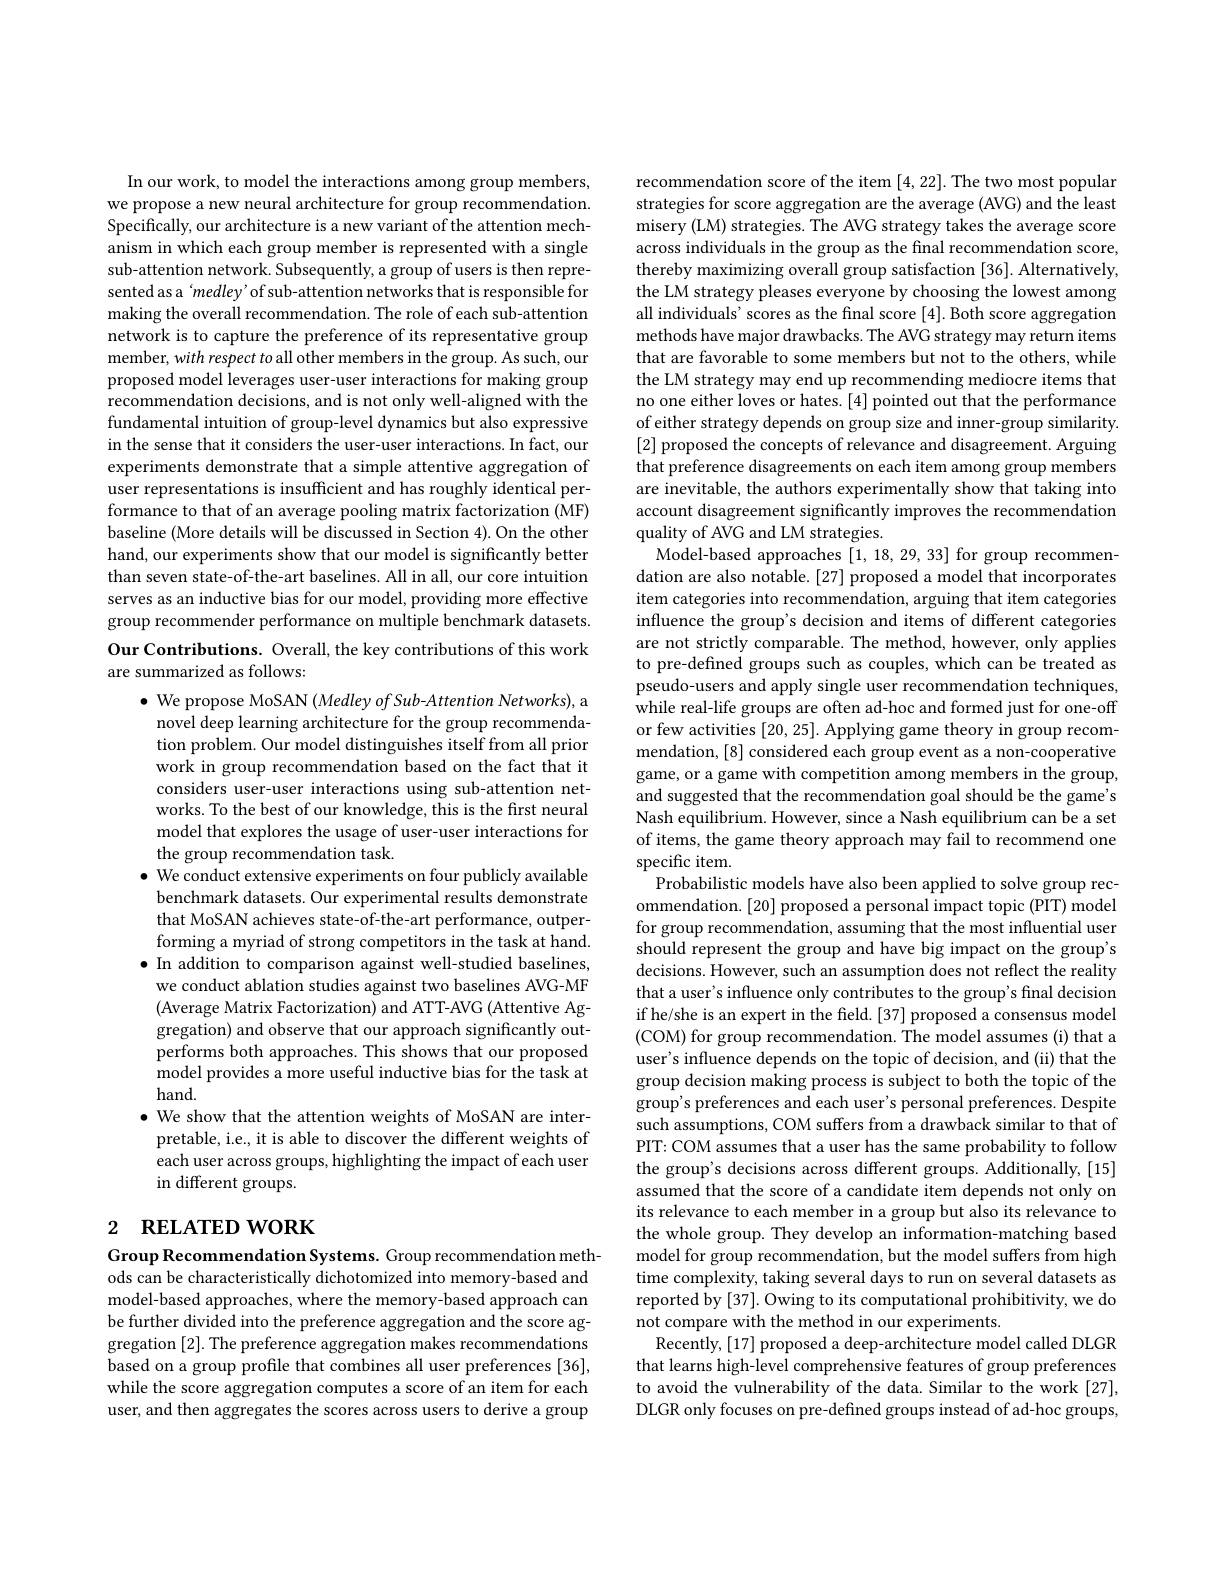
In our work, to model the interactions among group members, we propose a new neural architecture for group recommendation. Specifically, our architecture is a new variant of the attention mechanism in which each group member is represented with a single sub-attention network. Subsequently, a group of users is then represented as a‘medley’ of sub-attention networks that is responsible for making the overall recommendation. The role of each sub-attention network is to capture the preference of its representative group member, with respect to all other members in the group. As such, our proposed model leverages user-user interactions for making group recommendation decisions, and is not only well-aligned with the fundamental intuition of group-level dynamics but also expressive in the sense that it considers the user-user interactions. In fact, our experiments demonstrate that a simple attentive aggregation of user representations is insufficient and has roughly identical performance to that of an average pooling matrix factorization (MF) baseline (More details will be discussed in Section 4). On the other hand, our experiments show that our model is significantly better than seven state-of-the-art baselines. All in all, our core intuition serves as an inductive bias for our model, providing more effective group recommender performance on multiple benchmark datasets. Our Contributions. Overall, the key contributions of this work

are summarized as follows:

$\bullet$ We propose MoSAN $(MedleyofSub-Attention$ Networks), a novel deep learning architecture for the group recommendation problem. Our model distinguishes itself from all prior work in group recommendation based on the fact that it considers user-user interactions using sub-attention networks. To the best of our knowledge, this is the first neural model that explores the usage of user-user interactions for the group recommendation task.
$\bullet$ We conduct extensive experiments on four publicly available benchmark datasets. Our experimental results demonstrate that MoSAN achieves state-of-the-art performance, outperforming a myriad of strong competitors in the task at hand. $\bullet$ In addition to comparison against well-studied baselines, we conduct ablation studies against two baselines AVG-MF (Average Matrix Factorization) and ATT-AVG (Attentive Aggregation) and observe that our approach significantly outperforms both approaches. This shows that our proposed model provides a more useful inductive bias for the task at hand.
$\bullet$ We show that the attention weights of MoSAN are interpretable, i.e., it is able to discover the different weights of each user across groups, highlighting the impact of each user in different groups.

# 2 RELATED WORK

Group Recommendation Systems. Group recommendation methods can be characteristically dichotomized into memory-based and model-based approaches, where the memory-based approach can be further divided into the preference aggregation and the score aggregation [2]. The preference aggregation makes recommendations based on a group profile that combines all user preferences [36], while the score aggregation computes a score of an item for each user, and then aggregates the scores across users to derive a group

recommendation score of the item [4,22]. The two most popular strategies for score aggregation are the average (AVG) and the least misery (LM) strategies. The AVG strategy takes the average score across individuals in the group as the final recommendation score thereby maximizing overall group satisfaction [36]. Alternatively, the LM strategy pleases everyone by choosing the lowest among all individuals' scores as the final score [4]. Both score aggregation methods have major drawbacks. The AVG strategy may return items that are favorable to some members but not to the others, while the LM strategy may end up recommending mediocre items that no one either loves or hates. [4] pointed out that the performance of either strategy depends on group size and inner-group similarity. [2] proposed the concepts of relevance and disagreement. Arguing that preference disagreements on each item among group members are inevitable, the authors experimentally show that taking into account disagreement significantly improves the recommendation quality of AVG and LM strategies.
Model-based approaches [1,18,29,33] for group recommendation are also notable. [27] proposed a model that incorporates item categories into recommendation, arguing that item categories influence the group's decision and items of different categories are not strictly comparable. The method, however, only applies to pre-defined groups such as couples, which can be treated as pseudo-users and apply single user recommendation techniques, while real-life groups are often ad-hoc and formed just for one-off or few activities [20, 25]. Applying game theory in group recommendation,[8] considered each group event as a non-cooperative game, or a game with competition among members in the group, and suggested that the recommendation goal should be the game's Nash equilibrium. However, since a Nash equilibrium can be a set of items, the game theory approach may fail to recommend one specific item.
Probabilistic models have also been applied to solve group recommendation. [20] proposed a personal impact topic (PIT) model for group recommendation, assuming that the most influential user should represent the group and have big impact on the group's decisions. However, such an assumption does not reflect the reality that a user's influence only contributes to the group's final decision if he/she is an expert in the field.[37] proposed a consensus model (COM) for group recommendation. The model assumes (i) that a user's influence depends on the topic of decision, and (ii) that the group decision making process is subject to both the topic of the group's preferences and each user's personal preferences. Despite such assumptions, COM suffers from a drawback similar to that of PIT: COM assumes that a user has the same probability to follow the group's decisions across different groups. Additionally, [15] assumed that the score of a candidate item depends not only on its relevance to each member in a group but also its relevance to the whole group. They develop an information-matching based model for group recommendation, but the model suffers from high time complexity, taking several days to run on several datasets as reported by [37]. Owing to its computational prohibitivity, we do not compare with the method in our experiments.
Recently, [17] proposed a deep-architecture model called DLGR that learns high-level comprehensive features of group preferences to avoid the vulnerability of the data. Similar to the work [27], DLGR only focuses on pre-defined groups instead of ad-hoc groups,